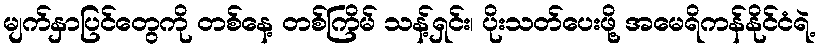
မျက်နှာပြင်တွေကို တစ်နေ့ တစ်ကြိမ် သန့်ရှင်း၊ ပိုးသတ်ပေးဖို့ အမေရိကန်နိုင်ငံရဲ့